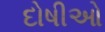
દોષીઓ